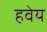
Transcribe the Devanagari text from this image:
हवेय